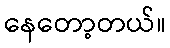
နေတော့တယ်။